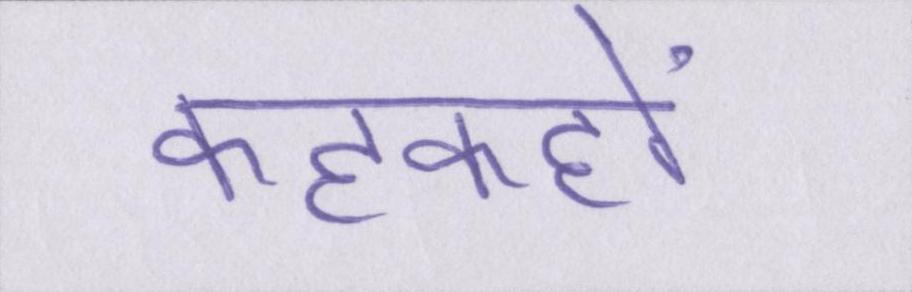
कहकहों